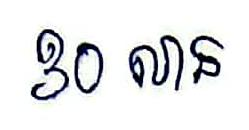
30 លាន